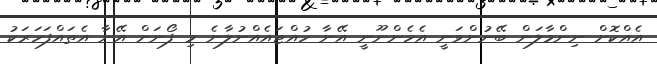
އެއްކޮށް ނިންމާލަން ބޭނުންވަނީ އެހެންނޫނީ އޭނާ ހުއްޓައެއްނުލާނެ މި ފޯނަށް އޭނާ އެތައްފަހަރަކު